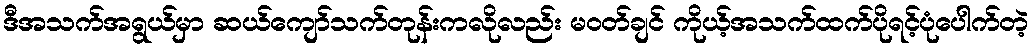
ဒီအသက်အရွယ်မှာ ဆယ်ကျော်သက်တုန်းကလိုလည်း မဝတ်ချင် ကိုယ့်အသက်ထက်ပိုရင့်ပုံပေါက်တဲ့